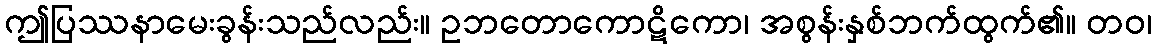
ဤပြဿနာမေးခွန်းသည်လည်း။ ဥဘတောကောဋိကော၊ အစွန်းနှစ်ဘက်ထွက်၏။ တဝ၊